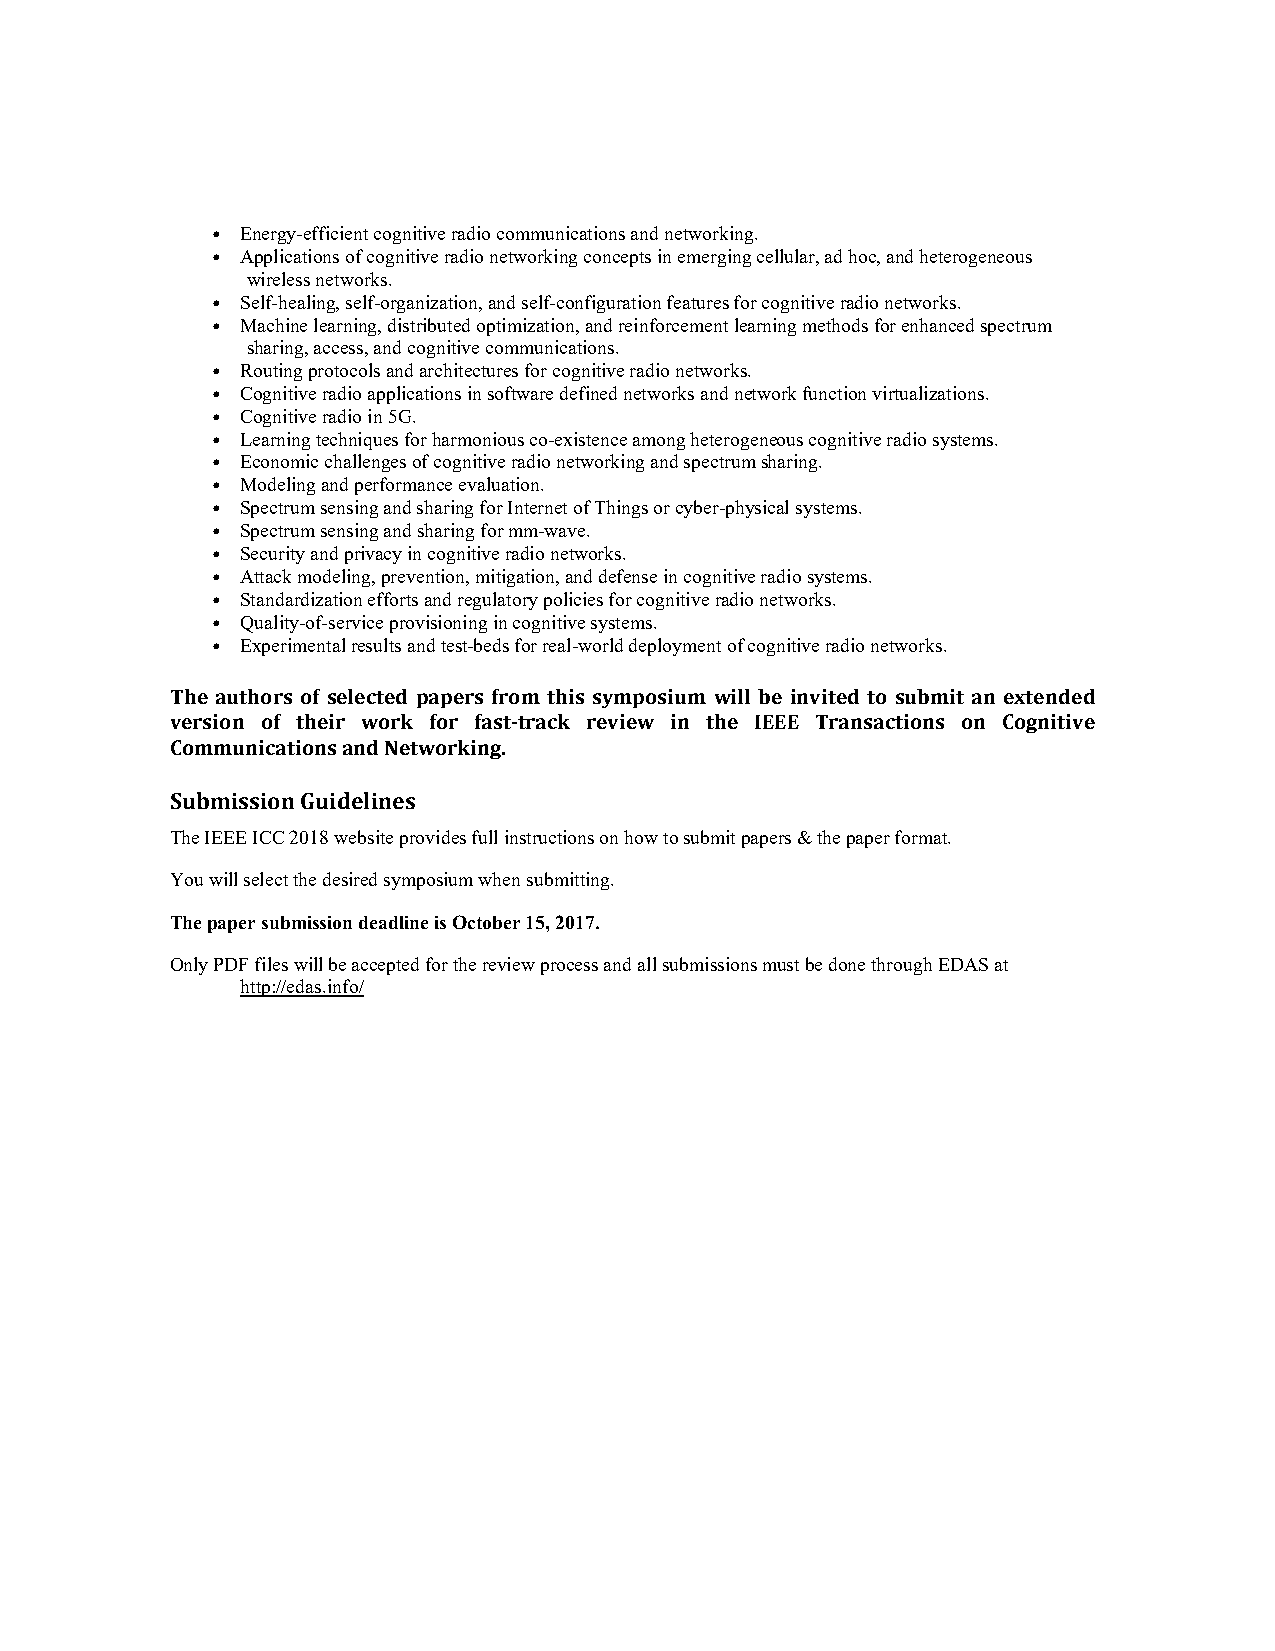
• Energy-efficient cognitive radio communications and networking.
 • Applications of cognitive radio networking concepts in emerging cellular, ad hoc, and heterogeneous
 wireless networks.
 • Self-healing, self-organization, and self-configuration features for cognitive radio networks.
 • Machine learning, distributed optimization, and reinforcement learning methods for enhanced spectrum
 sharing, access, and cognitive communications.
 • Routing protocols and architectures for cognitive radio networks.
 • Cognitive radio applications in software defined networks and network function virtualizations.
 • Cognitive radio in 5G.
 • Learning techniques for harmonious co-existence among heterogeneous cognitive radio systems.
 • Economic challenges of cognitive radio networking and spectrum sharing.
 • Modeling and performance evaluation.
 • Spectrum sensing and sharing for Internet of Things or cyber-physical systems.
 • Spectrum sensing and sharing for mm-wave.
 • Security and privacy in cognitive radio networks.
 • Attack modeling, prevention, mitigation, and defense in cognitive radio systems.
 • Standardization efforts and regulatory policies for cognitive radio networks.
 • Quality-of-service provisioning in cognitive systems.
 • Experimental results and test-beds for real-world deployment of cognitive radio networks.
 The authors of selected papers from this symposium will be invited to submit an extended
 version of their work for fast‐track review in the IEEE Transactions on Cognitive
 Communications and Networking.
 Submission Guidelines
 The IEEE ICC 2018 website provides full instructions on how to submit papers & the paper format.
 You will select the desired symposium when submitting.
 The paper submission deadline is October 15, 2017.
 Only PDF files will be accepted for the review process and all submissions must be done through EDAS at
 http://edas.info/